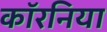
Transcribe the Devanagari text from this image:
कॉरनिया